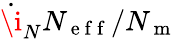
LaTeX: \dot{\i}_{N}N_{\mathrm{~e~f~f~}}/N_{\mathrm{~m~}}